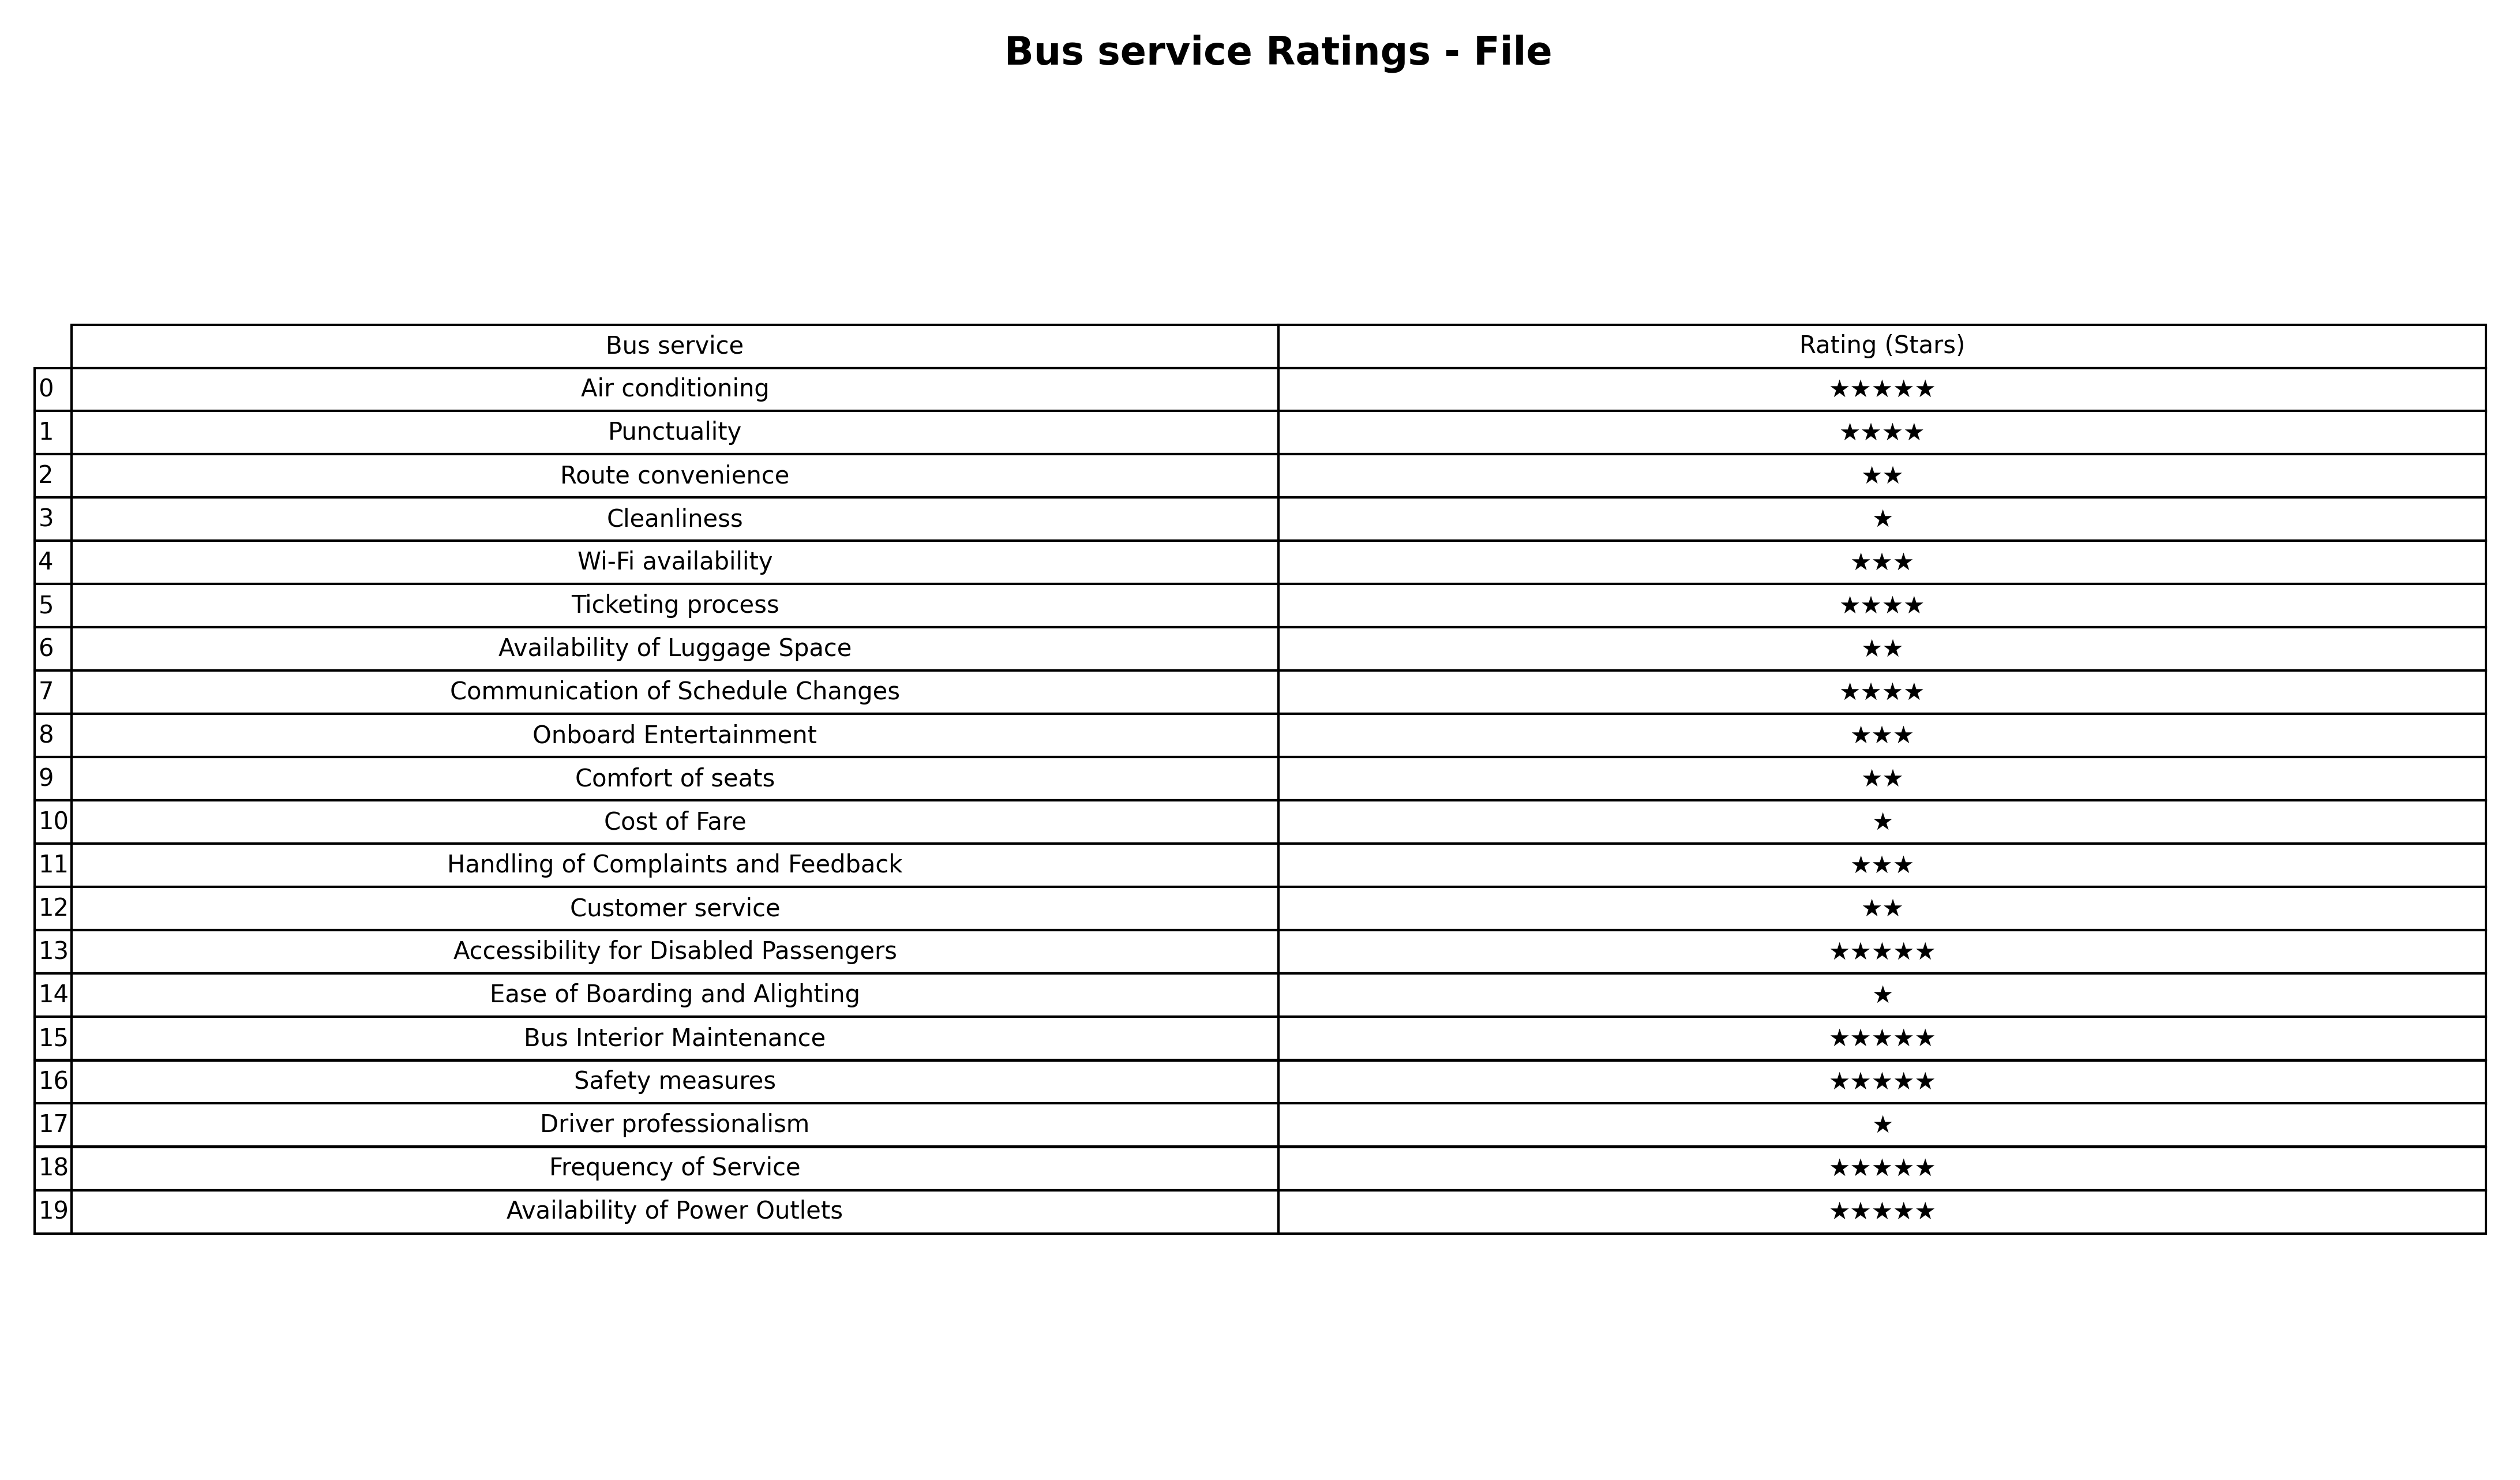
question: What are lowest rating services?
answer: PunctualityTicketing processCommunication of Schedule Changes